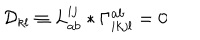
{ \cal D } _ { k l } \equiv L _ { a b } ^ { i j } * \Gamma _ { i k j l } ^ { a b } = 0